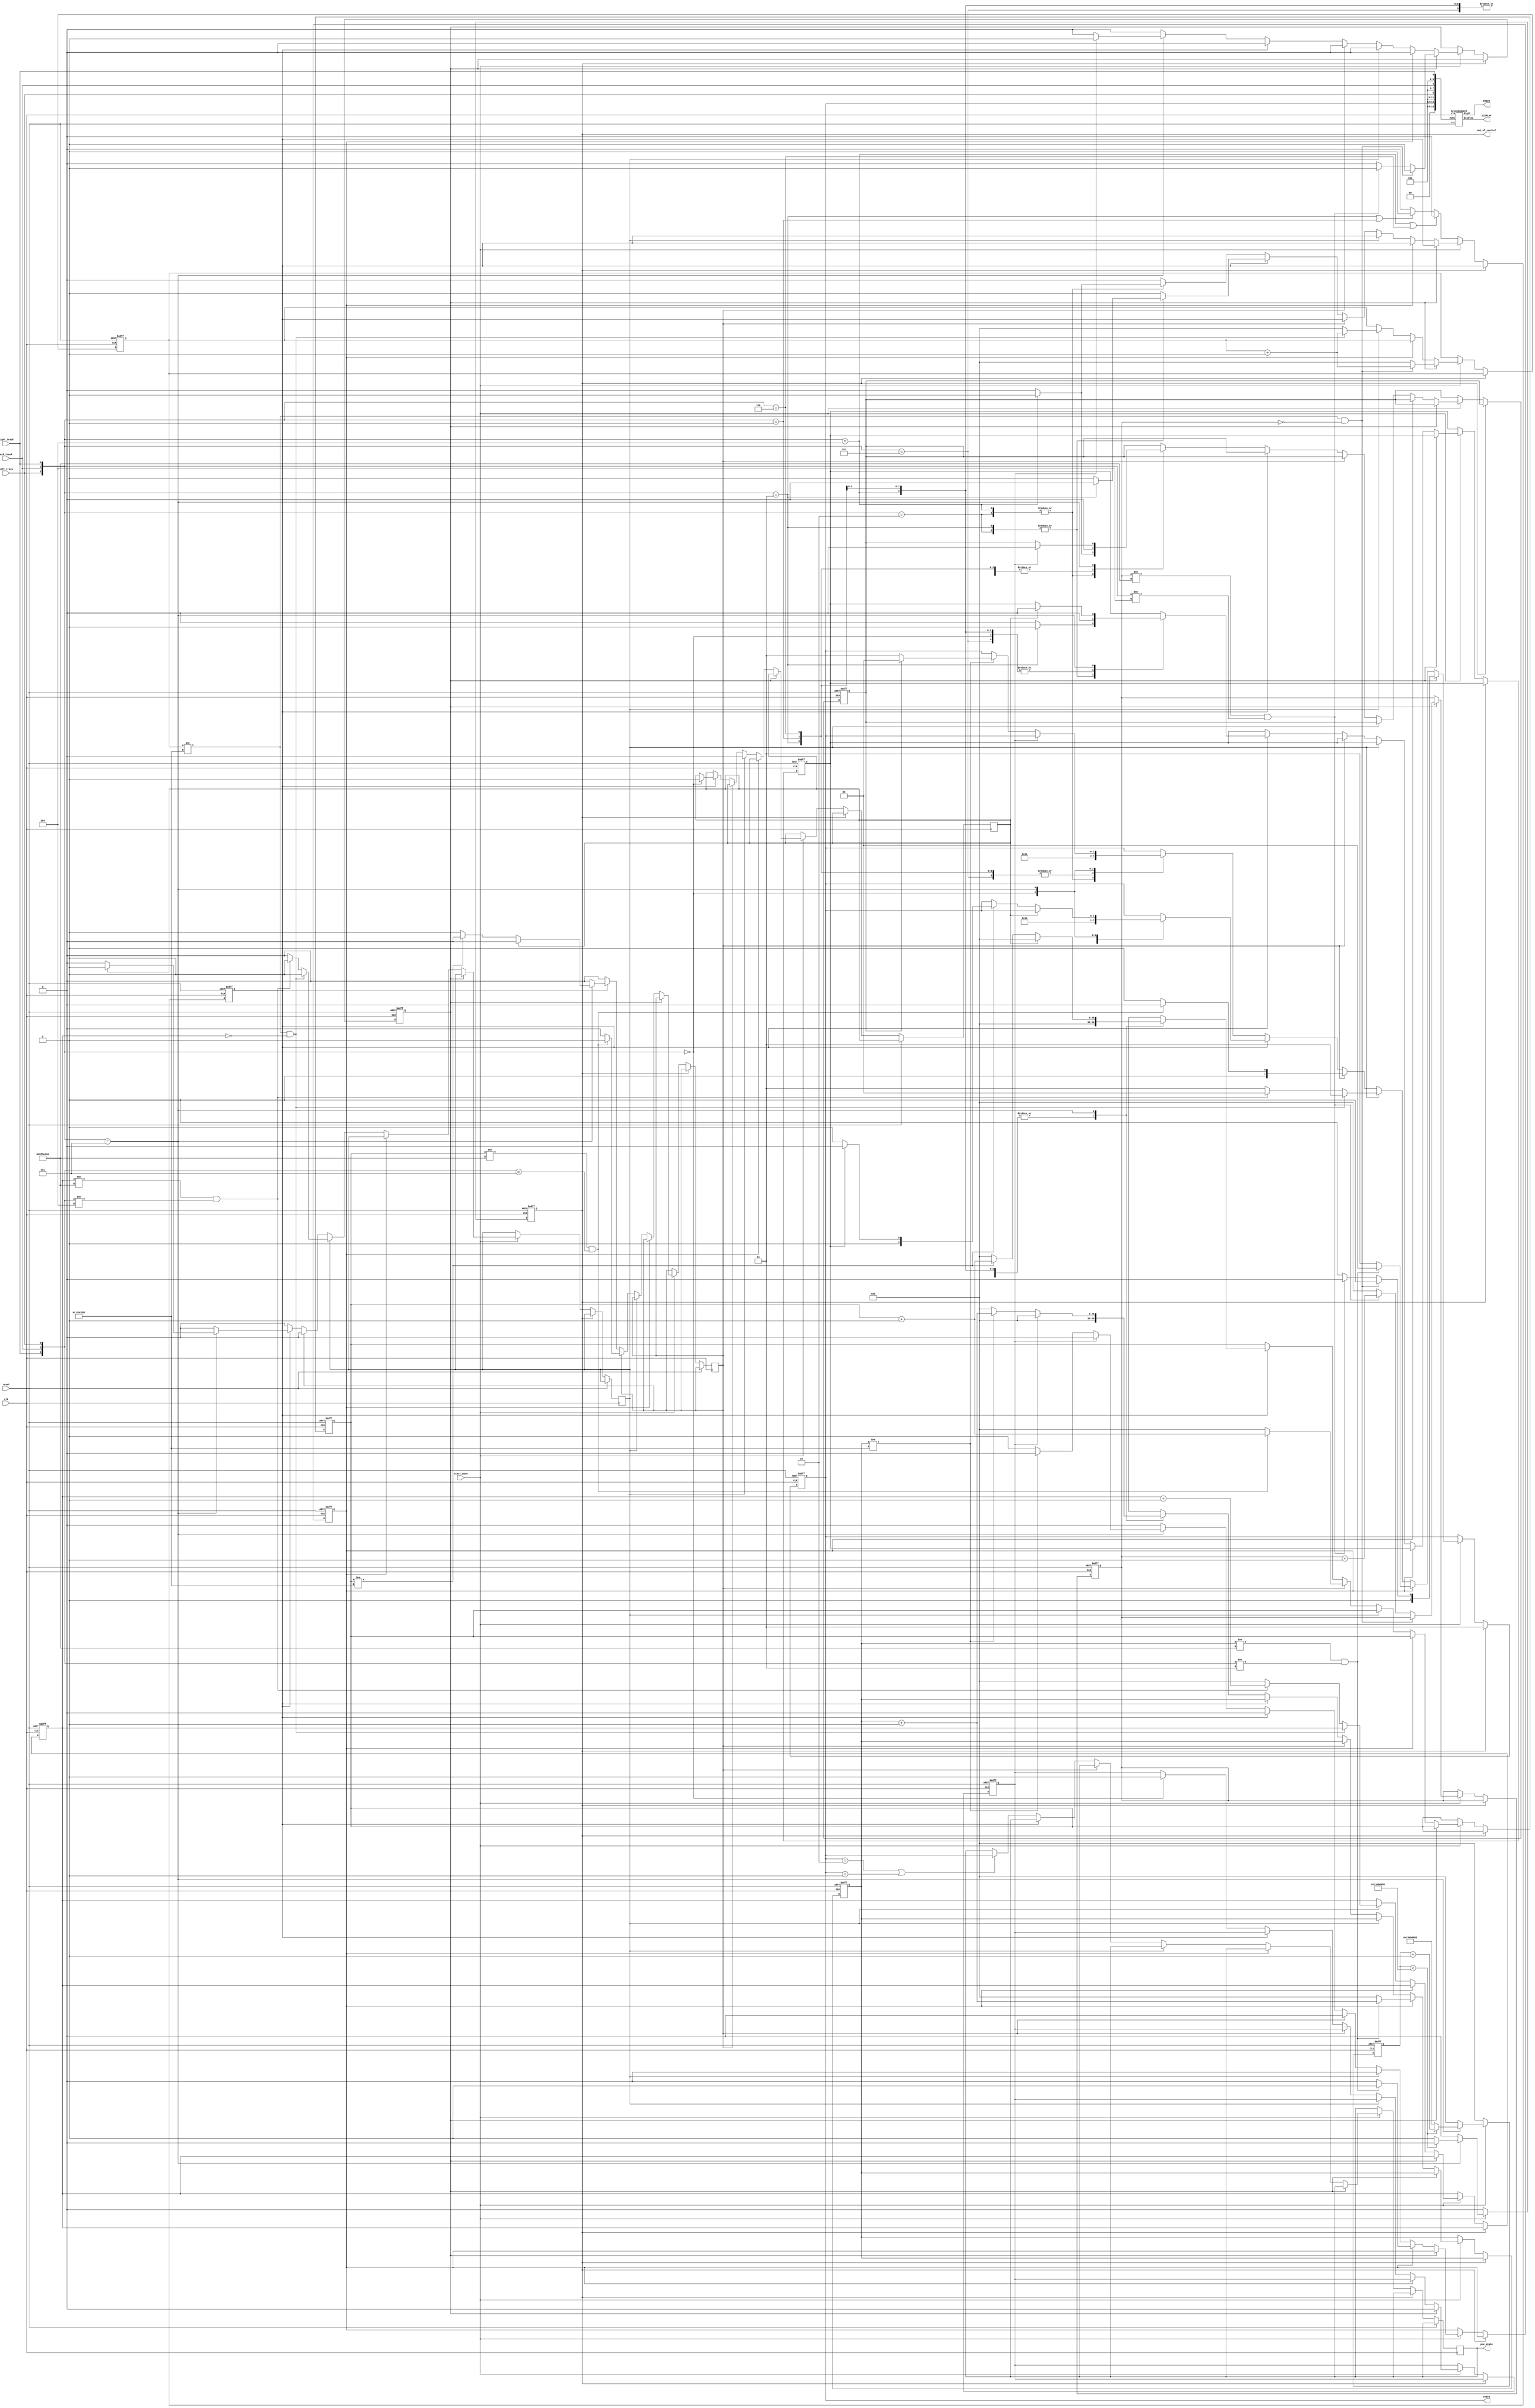
module tracker_sensor(
    input clk, 
    input reset, 
    input left_track, 
    input right_track, 
    input mid_track,
	input start_move,
    output reg [1:0] state, 
    output wire [6:0] DISPLAY, 
    output wire [3:0] DIGIT,
	output reg [1:0] pre_state,
	output reg out_of_control
);

    // TODO: Receive three tracks and make your own policy.
    // Hint: You can use output state to change your action.
    SevenSegment S(
        .display(DISPLAY),
        .digit(DIGIT),
        .nums({2'b00, state , 3'b000, left_track, 3'b000, mid_track, 3'b000, right_track}),
        .rst(reset),
        .clk(clk)
    );
	parameter turn_left = 2'b10 ;
    parameter go_straight = 2'b11;
    parameter turn_right = 2'b01;
    parameter stop = 2'b00;
	reg direction, ninety_left_0 = 0, ninety_right_0 = 0, ninety_right_1 = 0, ninety_left_1 = 0;
	reg[29:0] cnt = 30'b0, cnt_left_turn_0 = 30'b0, cnt_right_turn_0 = 30'b0, cnt_calibrate = 30'b0, cnt_left_turn_1 = 30'b0, cnt_right_turn_1 = 30'b0;
	reg flag_0 = 0, calibrate_0 = 0, flag_1 = 0, calibrate_1 = 0;
	wire out_the_track = 0;
    reg [29:0]cnt_out_of_control = 0;


	always @(posedge clk, posedge reset) begin
		if(reset) begin
			cnt_out_of_control <= 0;
			out_of_control <= 0;
		end
		else begin
			if(start_move) begin
				if({left_track, mid_track, right_track} == 3'b111) begin
					if(cnt_out_of_control < 30'd330000000) begin
						cnt_out_of_control <= cnt_out_of_control + 1;
						out_of_control <= 0;
					end
					else begin
						out_of_control <= 1;
						cnt_out_of_control <= 30'd330000001;
					end
				end
				else begin
					cnt_out_of_control <= 0;
					out_of_control <= 0;
				end
			end
			else begin
				cnt_out_of_control <= 0;
				out_of_control <= 0;
			end
		end
	end

    always @(posedge clk, posedge reset) begin
        if(reset) begin
			state <= go_straight;
			direction <= 0;
			ninety_left_0 <= 0;
			ninety_right_0 <= 0;
			flag_0 <= 0;
			cnt_left_turn_0 <= 0;
			cnt <= 0;
			calibrate_0 <= 0;
			calibrate_1 <= 0;
			cnt_calibrate <= 0;
			cnt_right_turn_0 <= 0;
			cnt_left_turn_1 <= 0;
			cnt_right_turn_1 <= 0;
		end
		else if(out_of_control) begin
			/*if({left_track, mid_track, right_track} == 3'b111) state <= go_straight;
			else begin
				if(direction) state <= turn_left;
				else state <= turn_right;
			end*/
			state <= go_straight;
		end
		else if(!start_move) begin
			if({left_track, mid_track, right_track} == 3'b110 || {left_track, mid_track, right_track} == 3'b100)
				direction <= 0;
			else if({left_track, mid_track, right_track} == 3'b011 || {left_track, mid_track, right_track} == 3'b001)
				direction <= 1;
			else direction <= 0;
		end 
		else begin
			if(ninety_left_0) begin
				flag_0 <= 1'b0;
				if(cnt != 30'd30000000 && cnt_left_turn_0 == 0) begin
					cnt <= cnt + 1;
					state <= go_straight;
				end
				else begin
					cnt <= 0;
					if(cnt_left_turn_0 != 30'd100000000 && {left_track, mid_track, right_track} != 3'b110) begin
						cnt_left_turn_0 <= cnt_left_turn_0 + 1;
						state <= turn_left;
					end
					else begin
						state <= go_straight;
						cnt_left_turn_0 <= 0;
						ninety_left_0 <= 0;
					end
				end
			end else if(ninety_right_0) begin
				if(cnt_right_turn_0 != 30'd100000000 && {right_track, mid_track, left_track} != 3'b011) begin
					cnt_right_turn_0 <= cnt_right_turn_0 + 1;
					state <= turn_right;
				end
				else begin
					state <= go_straight;
					cnt_right_turn_0 <= 0;
					ninety_right_0 <= 0;
				end
			end
			else if(ninety_right_1) begin
				flag_1 <= 0;
				if(cnt != 30'd30000000 && cnt_right_turn_1 == 0) begin
					cnt <= cnt + 1;
					state <= go_straight;
				end
				else begin
					cnt <= 0;
					if(cnt_right_turn_1 != 30'd100000000 && {right_track, mid_track, left_track} != 3'b110) begin
						cnt_right_turn_1 <= cnt_right_turn_1 + 1;
						state <= turn_right;
					end
					else begin
						state <= go_straight;
						cnt_right_turn_1 <= 0;
						ninety_right_1 <= 0;
					end
				end
			end
			else if(ninety_left_1) begin
				if(cnt_left_turn_1 != 30'd100000000 && {right_track, mid_track, left_track} == 3'b111) begin
					cnt_left_turn_1 <= cnt_left_turn_1 + 1;
					state <= turn_left;
				end
				else begin
					state <= go_straight;
					cnt_left_turn_1 <= 0;
					ninety_left_1 <= 0;
				end
			end
			else begin
				if(direction == 0) begin
					if(state == turn_left || state == turn_right) pre_state <= state;
					case({left_track, mid_track, right_track})
						3'b010, 3'b110: begin
							if({left_track, mid_track, right_track} == 3'b110) begin
								direction <= 1;
								calibrate_0 <= 1;
							end
							else calibrate_0 <= 0;
							state <= go_straight;
							cnt_right_turn_0 <= 0;
						end
						3'b001, 3'b011, 3'b101, 3'b100: begin
							state <= turn_left;
							calibrate_0 <= 0;
							cnt_right_turn_0 <= 0;
						end
						3'b000: begin
							state <= turn_right;
							flag_0 <= 1'b1;
							calibrate_0 <= 0;
							cnt_right_turn_0 <= 0;
						end
						3'b111: begin
							if(flag_0) begin
								ninety_left_0 <= 1;
								ninety_right_0 <= 0;
								calibrate_0 <= 0;
								cnt_right_turn_0 <= 0;
							end
							else begin
								ninety_left_0 <= 1'b0; 
								if(cnt_right_turn_0 != 30'd30000000) begin
									cnt_right_turn_0 <= cnt_right_turn_0 + 1;
									if(calibrate_0) state <= turn_right;
									else state <= go_straight;									
								end
								else begin
									ninety_right_0 <= 1;
									cnt_right_turn_0 <= 0;
								end
							end
						end
						default: begin
							state <= go_straight;
						end
					endcase			
				end
				else begin
					case({left_track, mid_track, right_track})
						3'b010, 3'b011: begin
							if({left_track, mid_track, right_track} == 3'b011) begin
								direction <= 0;
								calibrate_1 <= 1;
							end
							else calibrate_1 <= 0;
							state <= go_straight;
							cnt_left_turn_1 <= 0;
						end
						3'b100, 3'b101, 3'b110, 3'b001: begin
							state <= turn_right;
							cnt_left_turn_1 <= 0;
							calibrate_1 <= 0;
						end
						3'b000: begin
							state <= turn_left;
							flag_1 <= 1;
							cnt_left_turn_1 <= 0;
							calibrate_1 <= 0;
						end
						3'b111: begin
							if(flag_1) begin
								ninety_right_1 <= 1;
								ninety_left_1 <= 0;
								calibrate_1 <= 0;
								cnt_left_turn_1 <= 0;
							end
							else begin
								ninety_right_1 <= 0;
								if(cnt_left_turn_1 != 30'd30000000) begin
									cnt_left_turn_1 <= cnt_left_turn_1 + 1;
									if(calibrate_1) state <= turn_left;
									else state <= go_straight;
								end
								else begin
									ninety_left_1 <= 1;
									cnt_left_turn_1 <= 0;
								end
							end
						end
						default: state <= go_straight;
					endcase			
				end
			end

		end
    end
    
endmodule

module SevenSegment(
	output reg [6:0] display,
	output reg [3:0] digit,
	input wire [15:0] nums,
	input wire rst,
	input wire clk
    );
    
    reg [15:0] clk_divider;
    reg [3:0] display_num;
    
    always @ (posedge clk, posedge rst) begin
    	if (rst) begin
    		clk_divider <= 15'b0;
    	end else begin
    		clk_divider <= clk_divider + 15'b1;
    	end
    end
    
    always @ (posedge clk_divider[15], posedge rst) begin
    	if (rst) begin
    		display_num <= 4'b0000;
    		digit <= 4'b1111;
    	end else begin
    		case (digit)
    			4'b1110 : begin
    					display_num <= nums[7:4];
    					digit <= 4'b1101;
    				end
    			4'b1101 : begin
						display_num <= nums[11:8];
						digit <= 4'b1011;
					end
    			4'b1011 : begin
						display_num <= nums[15:12];
						digit <= 4'b0111;
					end
    			4'b0111 : begin
						display_num <= nums[3:0];
						digit <= 4'b1110;
					end
    			default : begin
						display_num <= nums[3:0];
						digit <= 4'b1110;
					end				
    		endcase
    	end
    end
    
    always @ (*) begin
    	case (display_num)
    		0 : display = 7'b1000000;	//0000
			1 : display = 7'b1111001;   //0001                                                
			2 : display = 7'b0100100;   //0010                                                
			3 : display = 7'b0110000;   //0011                                             
			4 : display = 7'b0011001;   //0100                                               
			5 : display = 7'b0010010;   //0101                                               
			6 : display = 7'b0000010;   //0110
			7 : display = 7'b1111000;   //0111
			8 : display = 7'b0000000;   //1000
			9 : display = 7'b0010000;	//1001
            10: display = 7'b0111111;   //minus
			default : display = 7'b1111111;
    	endcase
    end
    
endmodule